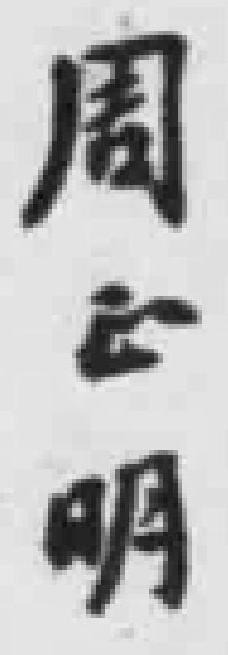
周*明